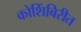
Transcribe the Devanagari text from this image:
कोशिंबिरीत